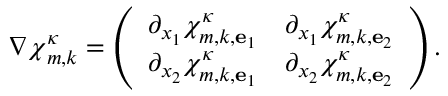
\nabla { \boldsymbol { \chi } } _ { m , k } ^ { \kappa } = \left( \begin{array} { l l } { \partial _ { x _ { 1 } } \chi _ { m , k , { \mathbf { e } } _ { 1 } } ^ { \kappa } } & { \partial _ { x _ { 1 } } \chi _ { m , k , { \mathbf { e } } _ { 2 } } ^ { \kappa } } \\ { \partial _ { x _ { 2 } } \chi _ { m , k , { \mathbf { e } } _ { 1 } } ^ { \kappa } } & { \partial _ { x _ { 2 } } \chi _ { m , k , { \mathbf { e } } _ { 2 } } ^ { \kappa } } \end{array} \right) .